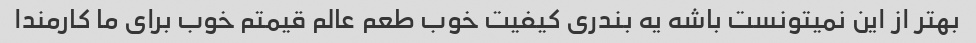
بهتر از این نمیتونست باشه یه بندری کیفیت خوب طعم عالم قیمتم خوب برای ما کارمندا